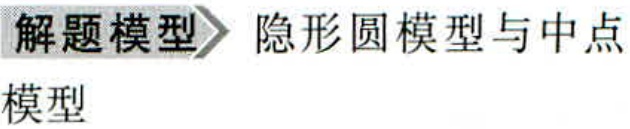
解题模型 隐形圆模型与中点

模型